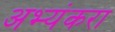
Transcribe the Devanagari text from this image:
अभ्यंकरा